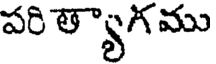
పరి త్యాగ ము